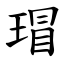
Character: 瑁